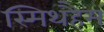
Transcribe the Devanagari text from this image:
स्मिथहैम